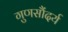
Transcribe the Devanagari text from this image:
गुणसौंदर्य